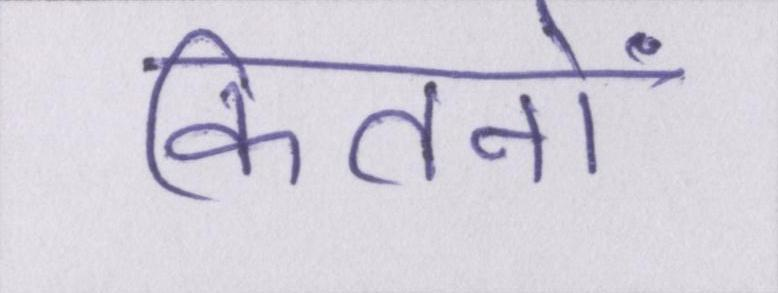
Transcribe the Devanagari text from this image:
कितनों